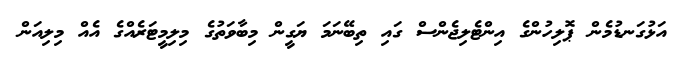
އަޅުގަނޑުމެން ޕޮލިހުންގެ އިންޓެލިޖެންސް ގައި ތިބޭނަމަ ޔަގީން މިބާވަތުގެ މިލިމީޓަރެއްގެ އެއް މިލިއަން